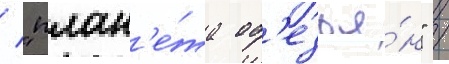
/ "план'е́та об'езья́н" /